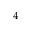
^ { 4 }